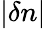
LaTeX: |\delta n|